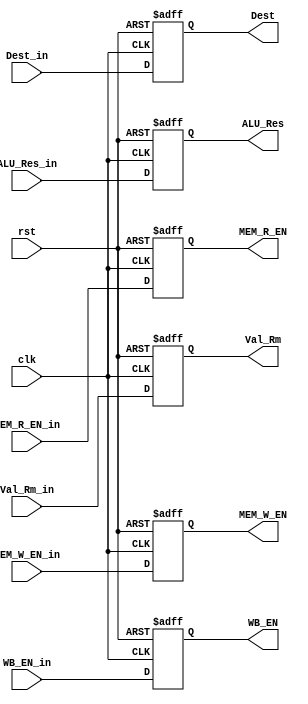
module EX_Stage_Reg #(
    parameter DATA_LEN = 32,
    parameter ADDRESS_LEN = 32,
    parameter ADDRESS_LEN_REG_FILE = 4
) (
    input  wire                                   clk, rst,
    input  wire                                   WB_EN_in, MEM_R_EN_in, MEM_W_EN_in,
    input  wire  [DATA_LEN - 1 : 0]               ALU_Res_in,
    input  wire  [DATA_LEN - 1 : 0]               Val_Rm_in,
    input  wire  [ADDRESS_LEN_REG_FILE - 1 : 0]   Dest_in,
    output reg                                    WB_EN, MEM_R_EN, MEM_W_EN,
    output reg   [DATA_LEN - 1 : 0]               ALU_Res, Val_Rm,
    output reg   [ADDRESS_LEN_REG_FILE - 1 : 0]   Dest

);

    always @(posedge clk or negedge rst) begin
        if(~rst) begin
            WB_EN <= 1'b0;
            ALU_Res <= 32'b0;
            Dest <= 4'b0;
            MEM_R_EN <= 1'b0;
            MEM_W_EN <= 1'b0;
            Val_Rm <= 32'b0;
        end
        else begin
            WB_EN <= WB_EN_in;
            ALU_Res <= ALU_Res_in;
            Dest <= Dest_in;
            MEM_R_EN <= MEM_R_EN_in;
            MEM_W_EN <= MEM_W_EN_in;
            Val_Rm <= Val_Rm_in;
        end   
    end
    
endmodule